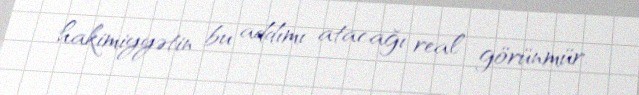
hakimiyyətin bu addımı atacağı real görünmür.